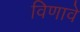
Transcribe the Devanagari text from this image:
विणावे